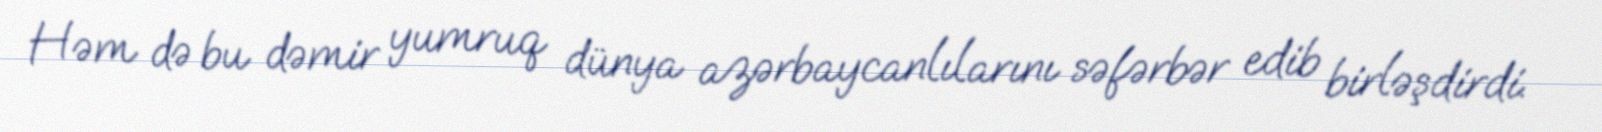
Həm də bu dəmir yumruq dünya azərbaycanlılarını səfərbər edib birləşdirdi.